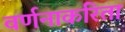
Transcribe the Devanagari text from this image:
वर्णनाकरिता